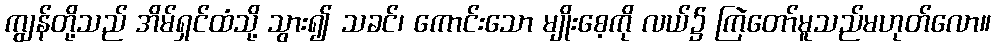
ကျွန်တို့သည် အိမ်ရှင်ထံသို့ သွား၍ သခင်၊ ကောင်းသော မျိုးစေ့ကို လယ်၌ ကြဲတော်မူသည်မဟုတ်လော။